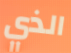
الذي